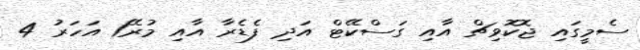
ސެމީގައި ޖޮކޮވިޗް އާއި ގަސްކޭޓް އަދި ފެޑެރާ އާއި މުރޭ1 އަހަރު 4